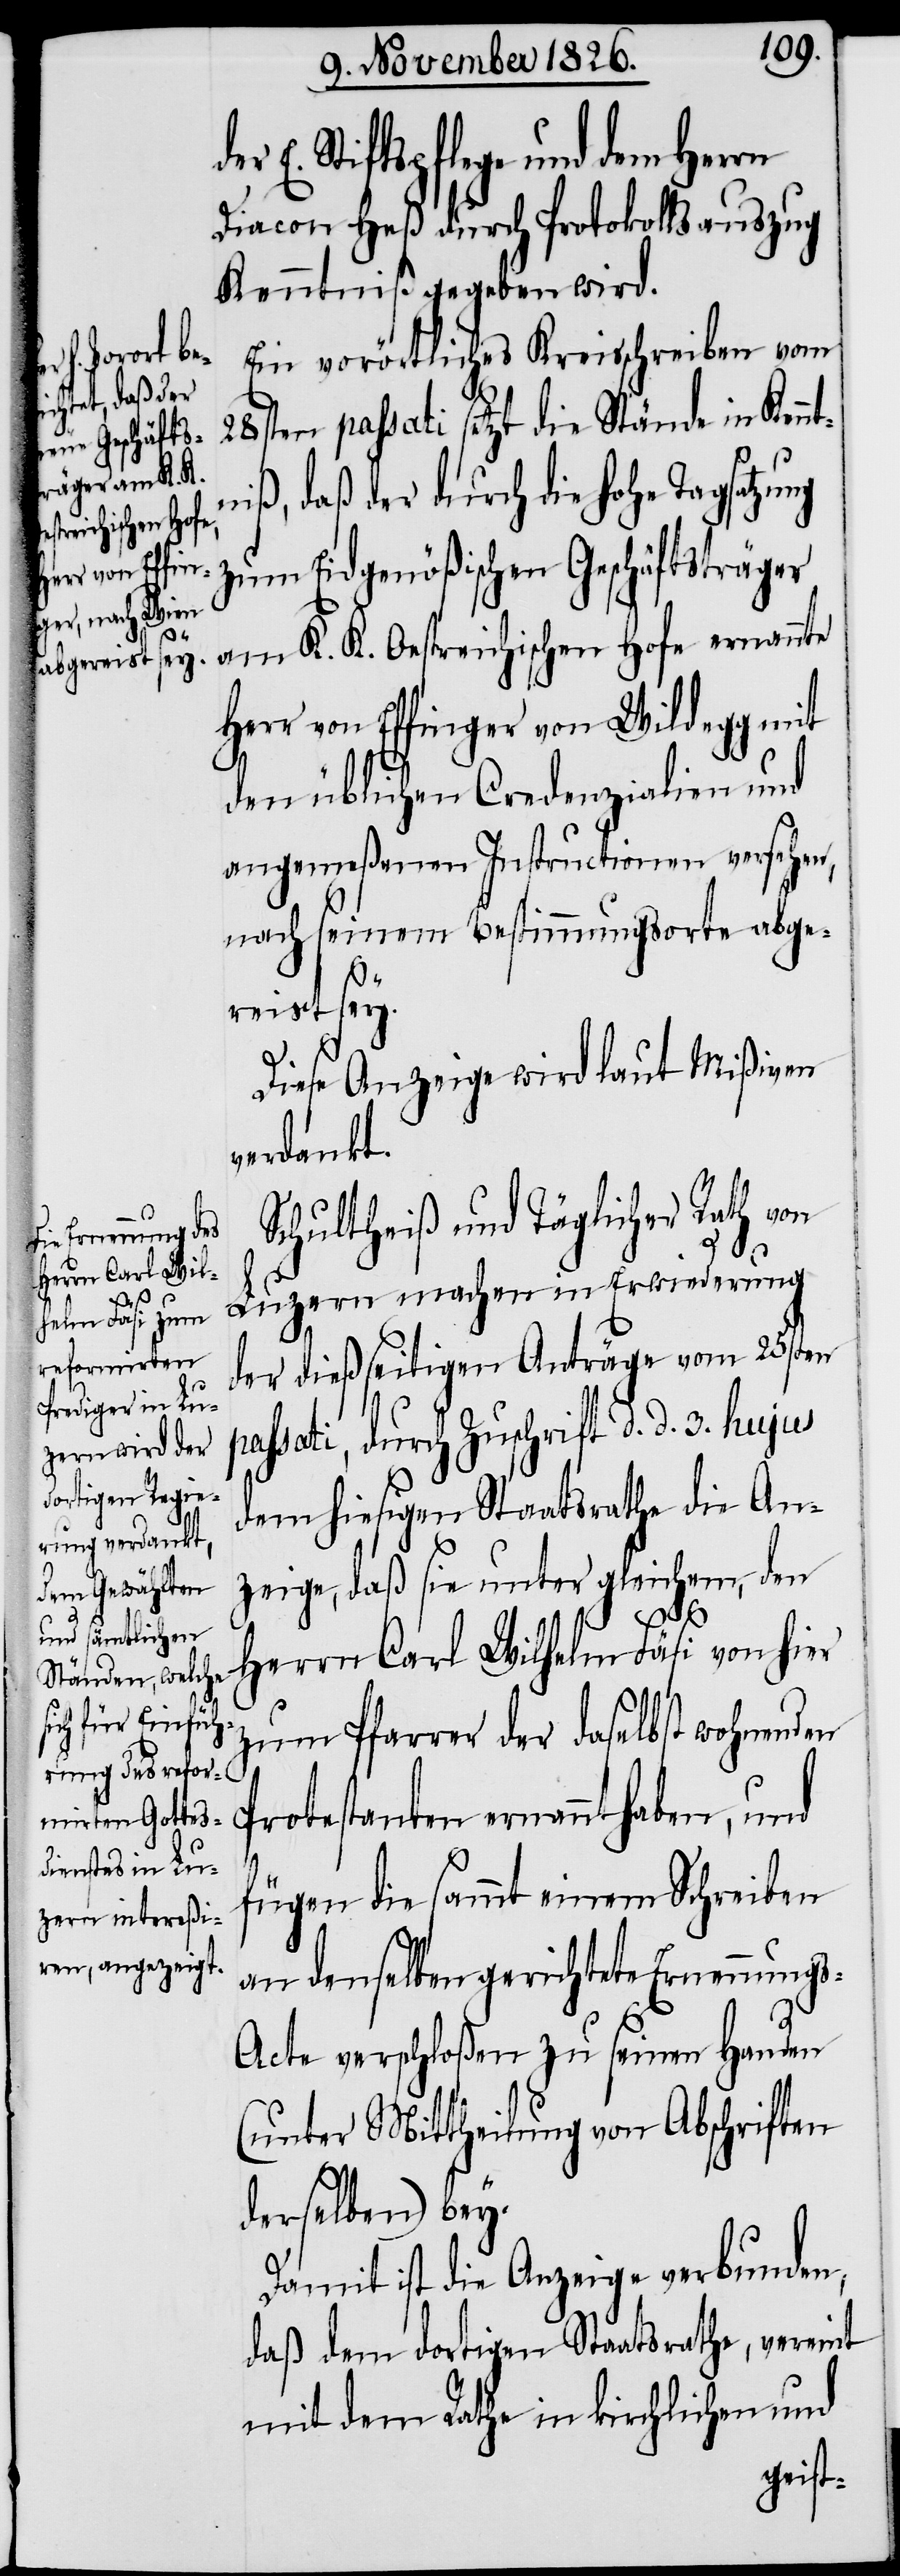
der E. Stiftspflege und dem Herrn
Diacon Heß durch Protokollsauszug
Kenntniß gegeben wird.
Ein vorörtliches Kreisschreiben vom
28sten passati setzt die Stände in Kenn¬
niß, daß der durch die hohe Tagsatzung
zum Eidgenößischen Geschäftsträger
am K. K. Oestreichischen Hofe ernannte
Herr von Effinger von Wildegg mit
den üblichen Credenzialien und
angemeßenen Instructionen versehen,
nach seinem Bestimmungsorte abge¬
reist sey.
t¬
Diese Anzeige wird laut Mißiven
verdankt.
Schultheiß und Täglicher Rath von
Luzern machen in Erwiederung
der dießseitigen Anträge vom 25sten
passati, durch Zuschrift d. d. 3. hujus
dem hiesigen Staatsrathe die An¬
zeige, daß sie unter gleichem, den
Herrn Carl Wilhelm Fäsi von hier
zum Pfarrer der daselbst wohnenden
Protestanten ernannt haben, und
fügen die sammt einem Schreiben
an denselben gerichtete Ernennung¬
s-Acte verschloßen zu seinen Handen
(unter Mittheilung von Abschriften
derselben) bey.
Damit ist die Anzeige verbunden,
daß dem dortigen Staatsrath, vereint
mit dem Rathe in kirchlichen und